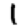
Digit: 1